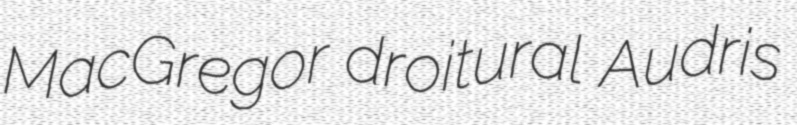
MacGregor droitural Audris